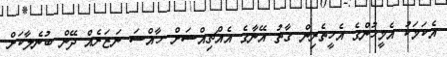
އެކަމަކު އެމީހުންގެ އެހީތެރިން ގާތު އޭނާގެ އެއްޗިއްސަށް ޚާއްސަ ނަޒަރެއް ދޭން ބުނެލާކަށް